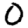
Digit: 0